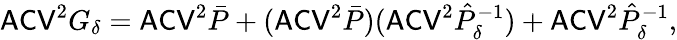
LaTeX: \mathsf{ACV}^{2}G_{\delta}=\mathsf{ACV}^{2}\bar{P}+(\mathsf{ACV}^{2}\bar{P})(\mathsf{ACV}^{2}\hat{P}_{\delta}^{-1})+\mathsf{ACV}^{2}\hat{P}_{\delta}^{-1},